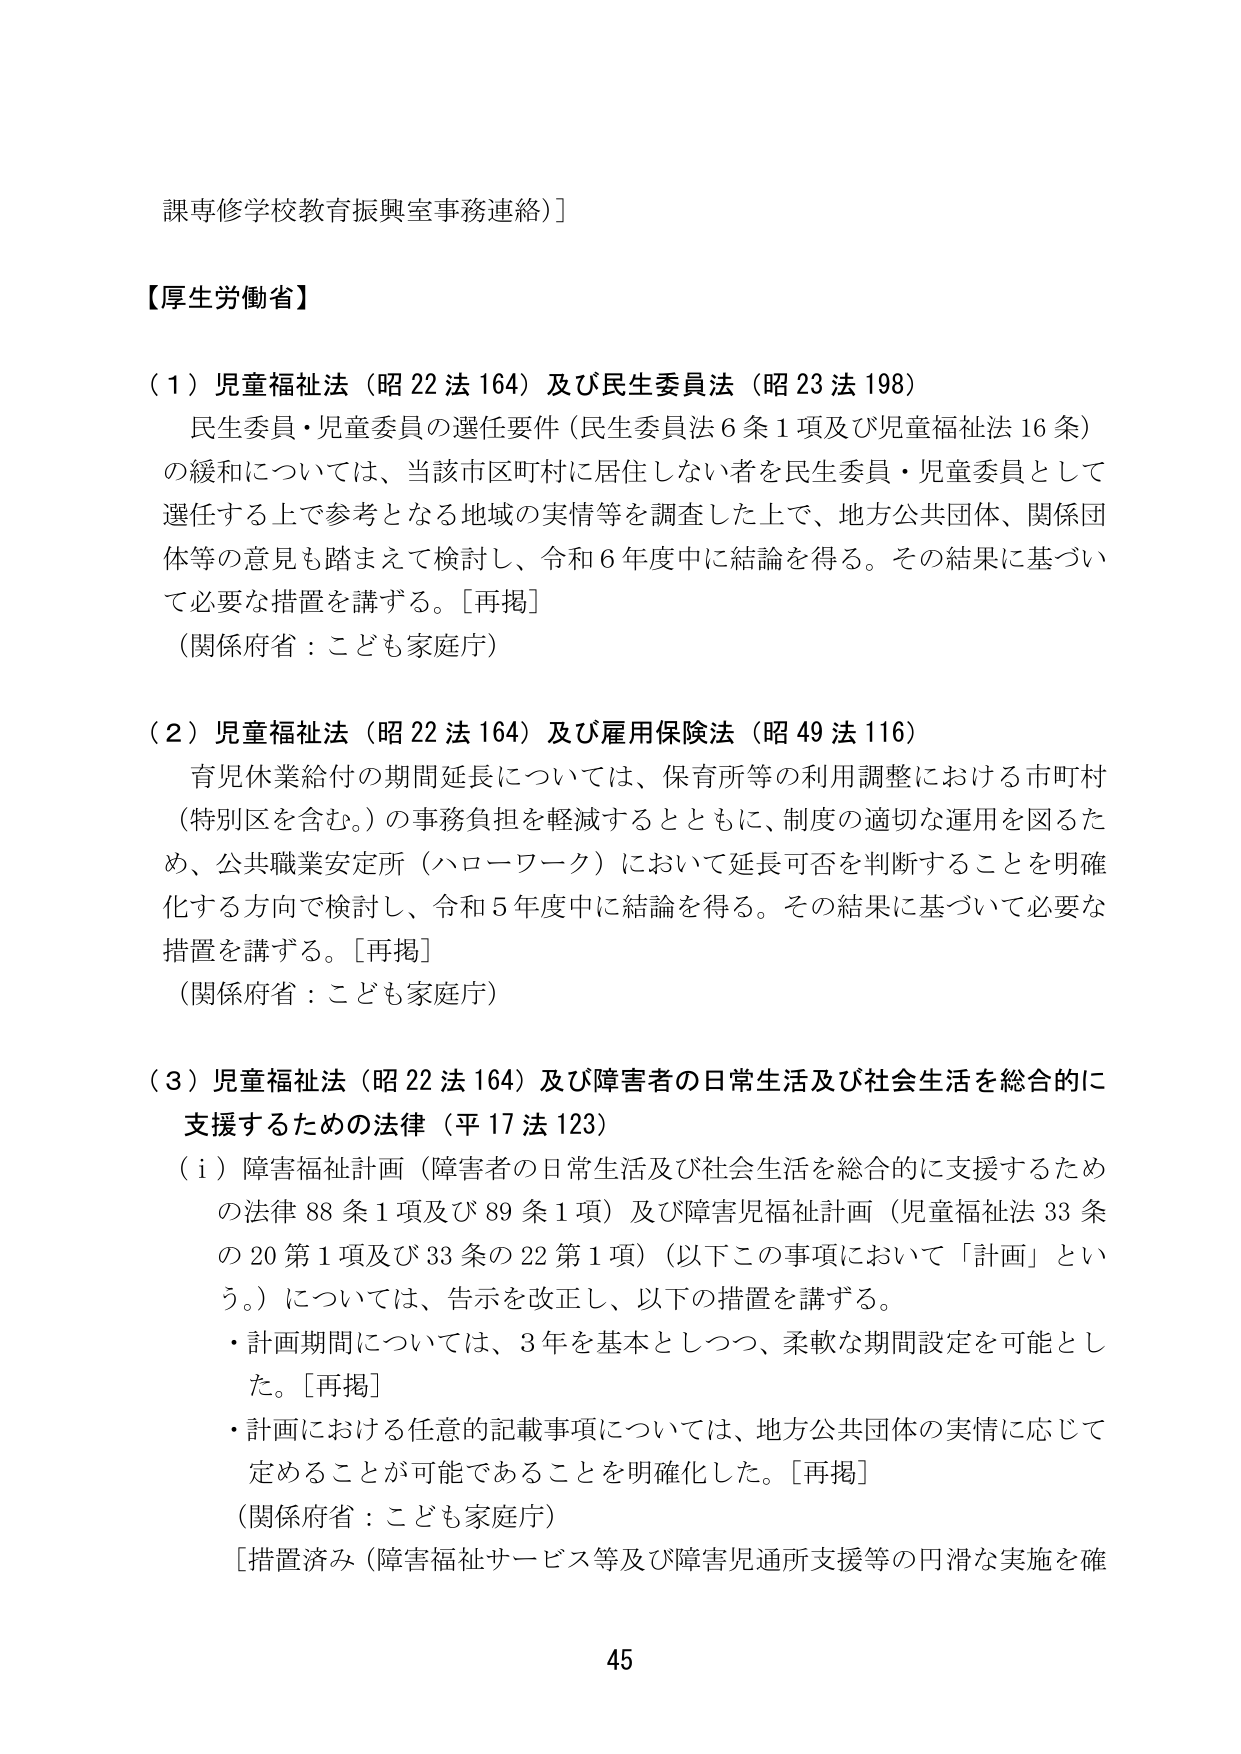
課専修学校教育振興室事務連絡］

【厚生労働省】

（１）児童福祉法（昭22法164）及び民生委員法（昭23法198）
　民生委員・児童委員の選任要件（民生委員法6条1項及び児童福祉法16条）
　の緩和については、当該市区町村に居住しない者を民生委員・児童委員として
　選任する上で参考となる地域の実情等を調査した上で、地方公共団体、関係団
　体等の意見も踏まえて検討し、令和6年度中に結論を得る。その結果に基づい
　て必要な措置を講ずる。［再掲］
　（関係府省：こども家庭庁）

（２）児童福祉法（昭22法164）及び雇用保険法（昭49法116）
　育児休業給付の期間延長については、保育所等の利用調整における市町村
　（特別区を含む。）の事務負担を軽減するとともに、制度の適切な運用を図るた
　め、公共職業安定所（ハローワーク）において延長可否を判断することを明確
　化する方向で検討し、令和5年度中に結論を得る。その結果に基づいて必要な
　措置を講ずる。［再掲］
　（関係府省：こども家庭庁）

（３）児童福祉法（昭22法164）及び障害者の日常生活及び社会生活を総合的に
　支援するための法律（平17法123）
　（ｉ）障害福祉計画（障害者の日常生活及び社会生活を総合的に支援するため
　　の法律88条1項及び89条1項）及び障害児福祉計画（児童福祉法33条
　　の20第1項及び33条の22第1項）（以下この事項において「計画」とい
　　う。）については、告示を改正し、以下の措置を講ずる。
　　・計画期間については、3年を基本としつつ、柔軟な期間設定を可能とし
　　　た。［再掲］
　　・計画における任意の記載事項については、地方公共団体の実情に応じて
　　　定めることが可能であることを明確化した。［再掲］
　　（関係府省：こども家庭庁）
　　［措置済み（障害福祉サービス等及び障害児通所支援等の円滑な実施を確

45